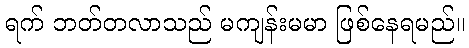
ရက် ဘတ်တလာသည် မကျန်းမမာ ဖြစ်နေရမည်။